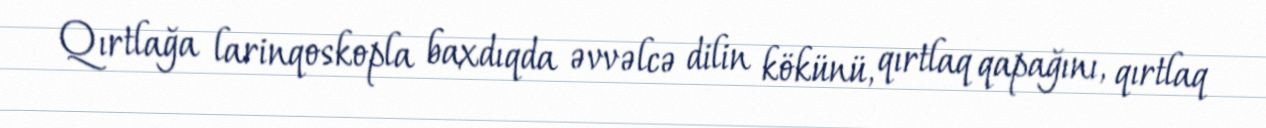
Qırtlağa larinqoskopla baxdıqda əvvəlcə dilin kökünü, qırtlaq qapağını, qırtlaq